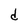
Character: d